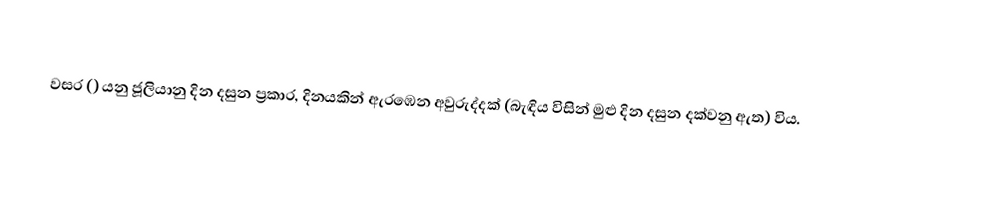

වසර   () යනු ජූලියානු දින දසුන ප්‍රකාර,    දිනයකින් ඇරඹෙන  අවුරුද්දක් (බැඳිය විසින් මුළු දින දසුන දක්වනු ඇත) විය.